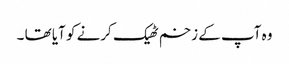
وہ آپ کے زخم ٹھیک کرنے کو آیا تھا ۔